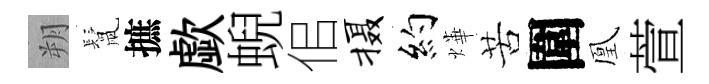
朔鬛摭歔蜺佀摄約燁苦圍凰萱